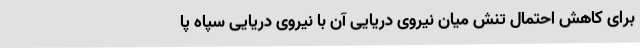
برای کاهش احتمال تنش میان نیروی دریایی آن با نیروی دریایی سپاه پا